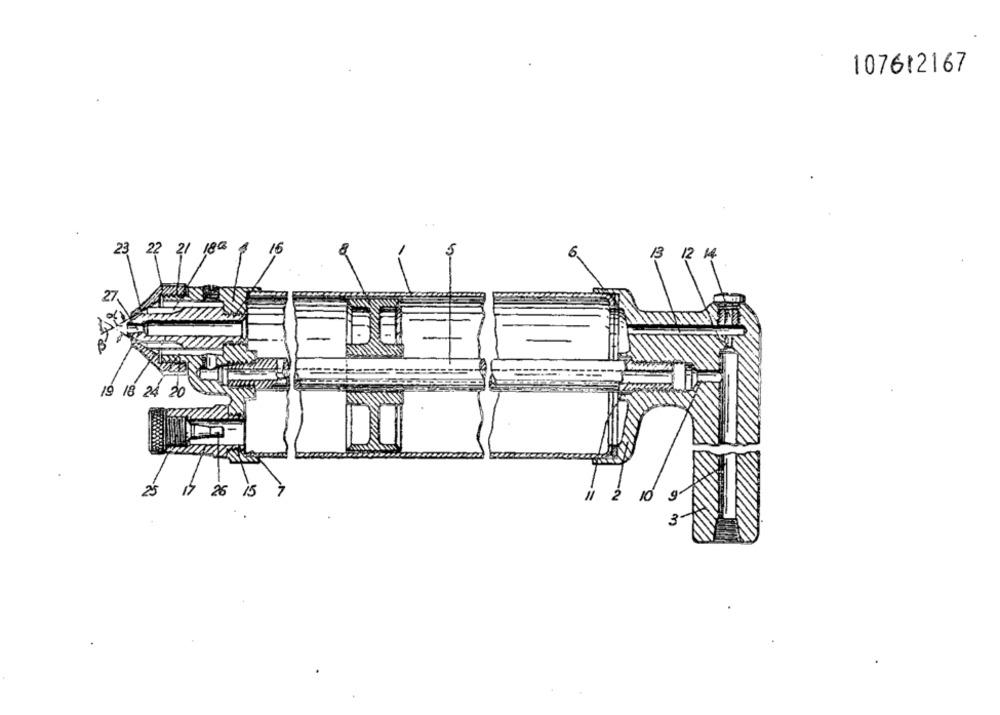
107612167
23 22 2/ 180
15
3 12 14
27
19 18 24 20
25
17 26 15
11
2
10
9
3